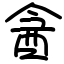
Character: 酓